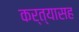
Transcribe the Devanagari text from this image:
कर्त्यासह